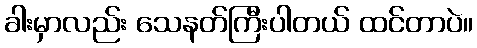
ခါးမှာလည်း သေနတ်ကြီးပါတယ် ထင်တာပဲ။